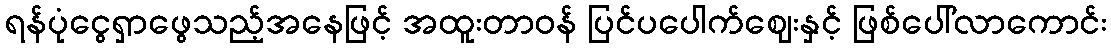
ရန်ပုံငွေရှာဖွေသည့်အနေဖြင့် အထူးတာဝန် ပြင်ပပေါက်ဈေးနှင့် ဖြစ်ပေါ်လာကောင်း